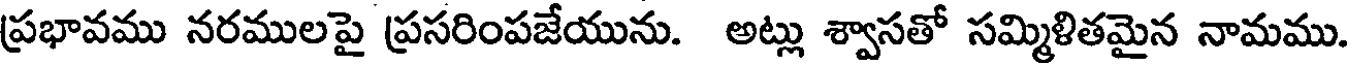
ప్రభావము నరములపై ప్రసరింపజేయును. అట్లు శ్వాసతో సమ్మిళితమైన నామము.